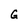
Character: G